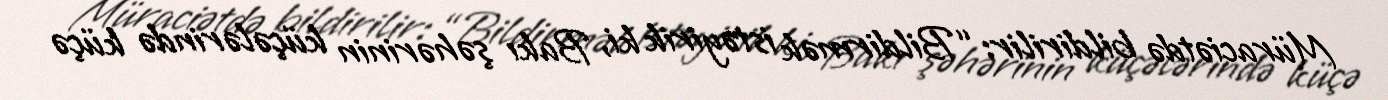
Müraciətdə bildirilir: “Bildirmək istəyirik ki, Bakı şəhərinin küçələrində küçə